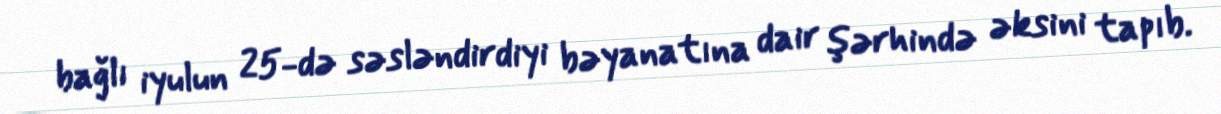
bağlı iyulun 25-də səsləndirdiyi bəyanatına dair şərhində əksini tapıb.